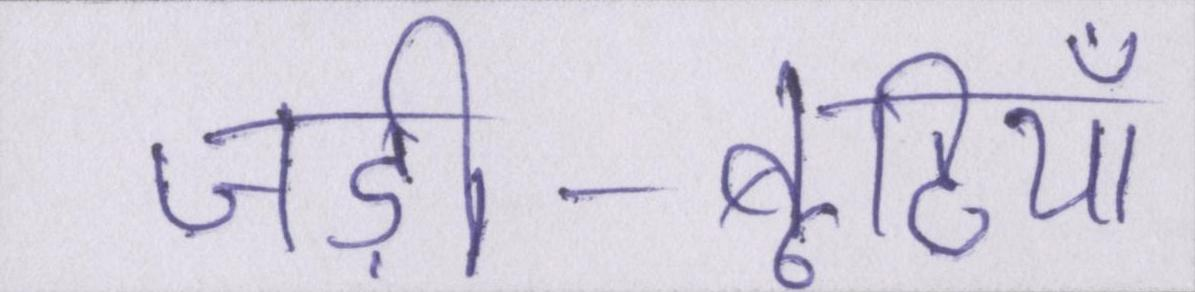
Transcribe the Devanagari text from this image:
जड़ी-बूटियाँ